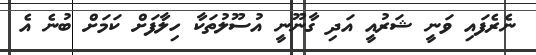
ނެރެފައި ވަނީ ޝަރުއީ އަދި ގާނޫނީ އުސޫލުތަކާ ހިލާފަށް ކަމަށް ބުނެ އެ